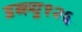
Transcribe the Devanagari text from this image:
डब्ल्यु१२६